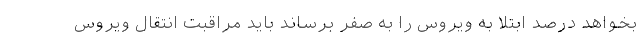
بخواهد درصد ابتلا به ویروس را به صفر برساند باید مراقبت انتقال ویروس